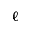
\ell